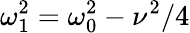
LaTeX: \omega_{1}^{2}=\omega_{0}^{2}-\nu^{2}/4